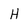
Character: H